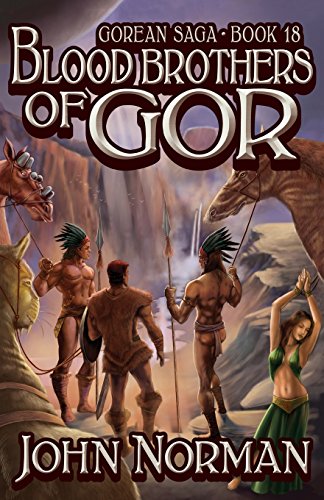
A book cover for Blood Brothers of Gor (Gorean Saga); John Norman; Romance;